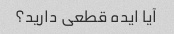
آیا ایده قطعی دارید؟